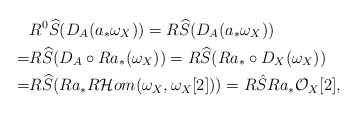
\begin{align*}& R^0\widehat{S}(D_A(a_*\omega_X))=R\widehat{S}(D_A(a_*\omega_X))\\=& R\widehat{S}(D_A\circ Ra_*(\omega_X))=R\widehat{S}(Ra_*\circ D_X(\omega_X)) \\=& R\widehat{S}(Ra_*R\mathcal{H}om(\omega_X, \omega_X[2]))=R\hat{S}Ra_*\mathcal{O}_X[2],\end{align*}